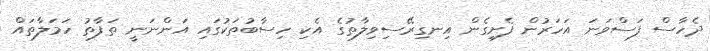
ދެހާސް ފަސްވަނަ އަހަރުން ފެށިގެން އިނގިރޭސިވިލާތުގެ އެކި ހިސާބުތަކުގައި އަންނަނީ ތަފާތު ހަމަލާތައް